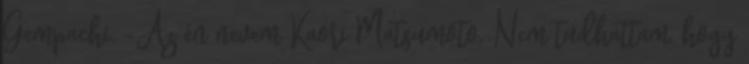
Gempachi. -Az én nevem Kaori Matsumoto. Nem tudhattam, hogy